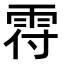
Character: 𩂛